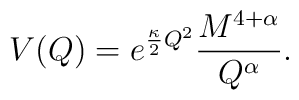
V(Q) = e^{\frac{\kappa}{2}Q^2}\frac{M^{4+\alpha}}{Q^{\alpha}}.